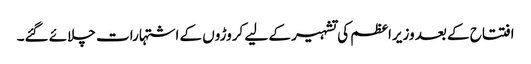
افتتاح کے بعد وزیراعظم کی تشہیر کے لیے کروڑوں کے اشتہارات چلائے گئے۔